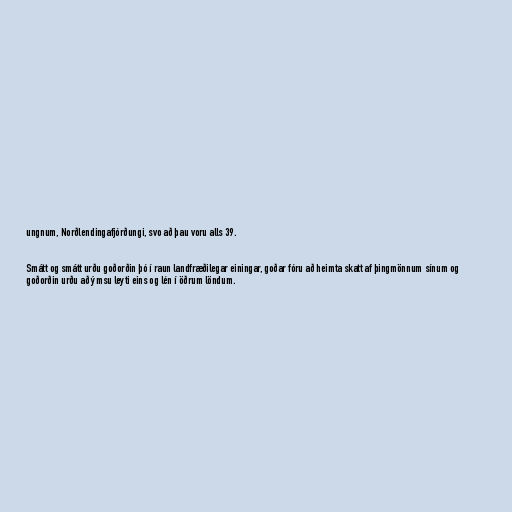
ungnum, Norðlendingafjórðungi, svo að þau voru alls 39.

Smátt og smátt urðu goðorðin þó í raun landfræðilegar einingar, goðar fóru að heimta skatt af þingmönnum sínum og
goðorðin urðu að ýmsu leyti eins og lén í öðrum löndum.